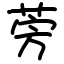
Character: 𫟐